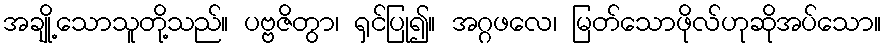
အချို့သောသူတို့သည်။ ပဗ္ဗဇိတွာ၊ ရှင်ပြု၍။ အဂ္ဂဖလေ၊ မြတ်သောဖိုလ်ဟုဆိုအပ်သော။